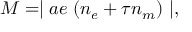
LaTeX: M = \mid a e \; ( n _ { e } + \tau n _ { m } ) \mid ,